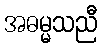
အဓမ္မသညီ